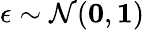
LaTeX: \epsilon\sim\mathcal{N}(\mathbf{0},\mathbf{1})